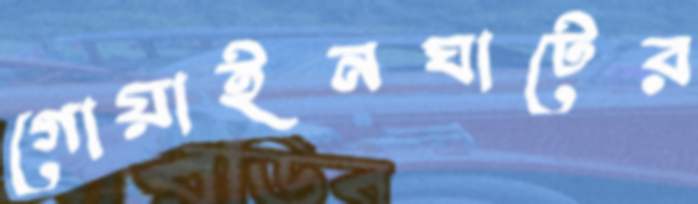
গোয়াইনঘাটের